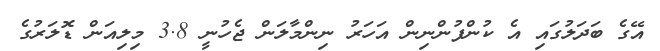
އޭގެ ބަދަލުގައި އެ ކުންފުންނިން އަހަރު ނިންމާލަން ޖެހުނީ 3.8 މިލިއަން ޑޮލަރުގެ